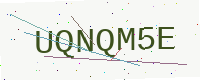
Text: UQNQM5E